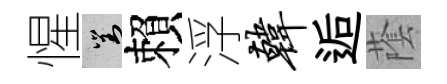
惺對賴浮韩逅䕃